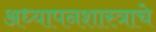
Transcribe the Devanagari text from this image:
अध्यापनशास्त्राचे